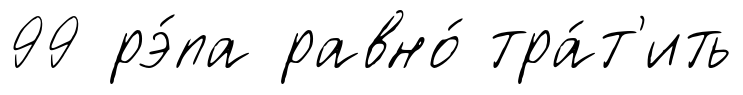
99 рэ́па равно́ тра́т'ить